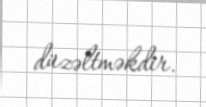
düzəltməkdir.